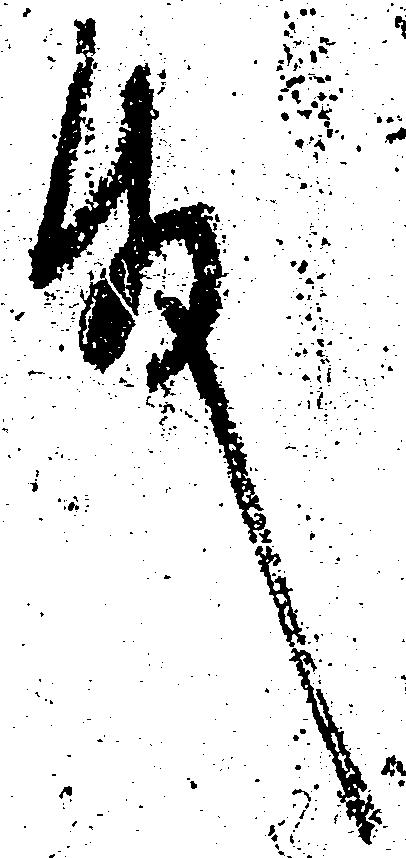
殿